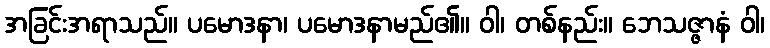
အခြင်းအရာသည်။ ပမောဒနာ၊ ပမောဒနာမည်၏။ ဝါ၊ တစ်နည်း။ ဘေသဇ္ဇာနံ ဝါ၊